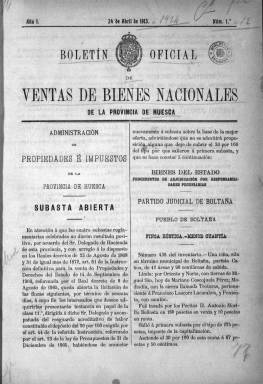
Título: Boletín oficial de ventas de bienes nacionales de la provincia de Huesca
Colección: Administración local
Ámbito geográfico: Huesca
Lugar de publicación: Madrid
Fechas: 24/04/1913-24/06/1924